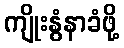
ကျိုးနွံနာခံဖို့